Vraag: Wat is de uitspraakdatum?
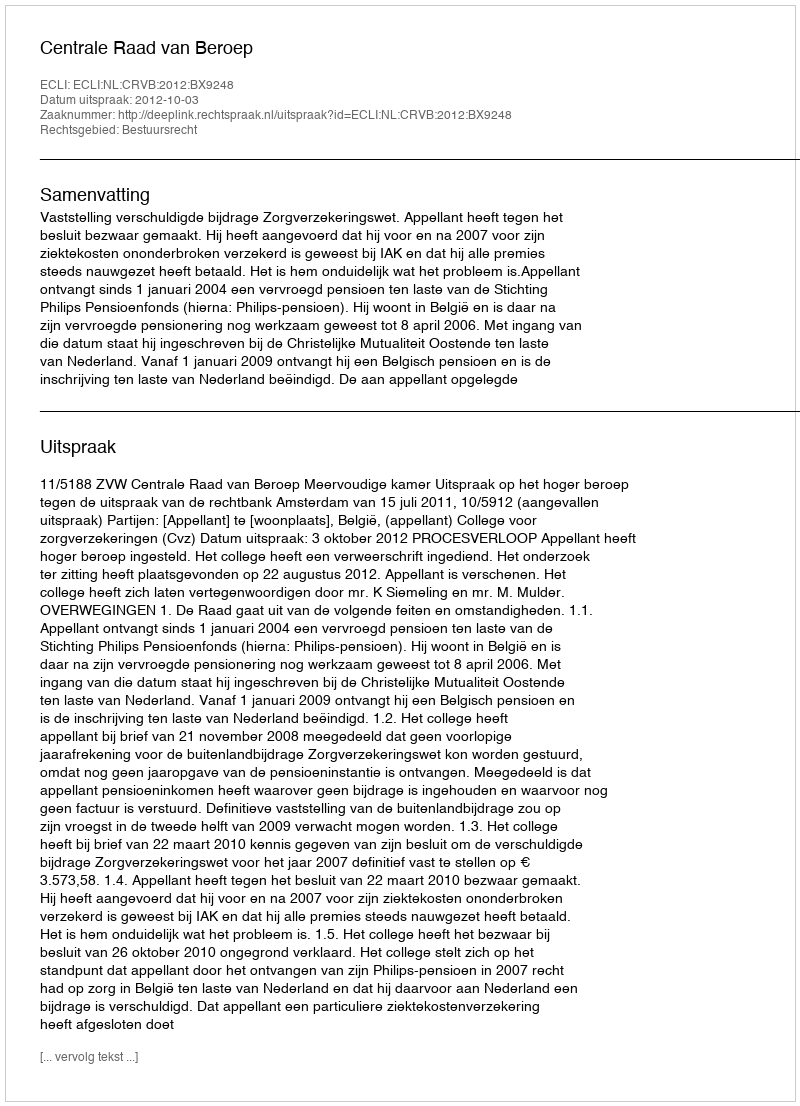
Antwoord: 2012-10-03